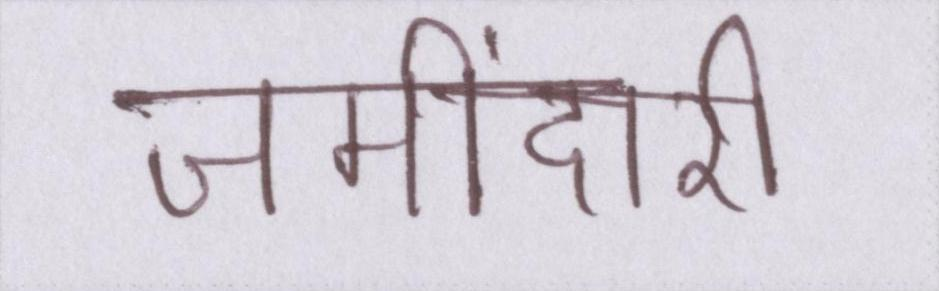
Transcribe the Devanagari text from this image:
जमींदारी